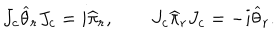
LaTeX: J _ { c } \widehat \theta _ { r } J _ { c } = i \widehat \pi _ { r } , \qquad J _ { c } \widehat \pi _ { r } J _ { c } = - i \widehat \theta _ { r } .